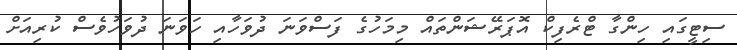
ސިޓީގައި ހިންގާ ޓްރެފިކް އޮޕަރޭޝަންތައް މިމަހުގެ ފަސްވަނަ ދުވަހާއި ހަވަނަ ދުވަހުވެސް ކުރިއަށް